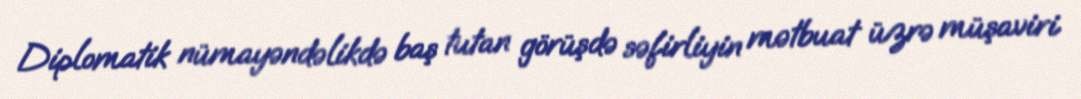
Diplomatik nümayəndəlikdə baş tutan görüşdə səfirliyin mətbuat üzrə müşaviri